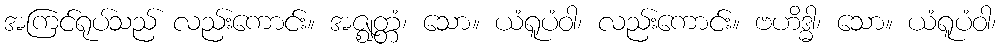
အကြင်ရုပ်သည် လည်းကောင်း။ အဇ္ဈတ္တံ၊ သော။ ယံရူပံဝါ၊ လည်းကောင်း။ ဗဟိဒ္ဓါ၊ သော။ ယံရူပံဝါ၊